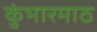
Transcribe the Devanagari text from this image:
कुंभारमाठ